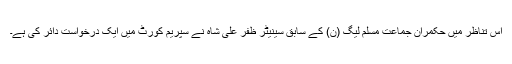
اس تناظر میں حکمران جماعت مسلم لیگ (ن) کے سابق سینیٹر ظفر علی شاہ نے سپریم کورٹ میں ایک درخواست دائر کی ہے۔